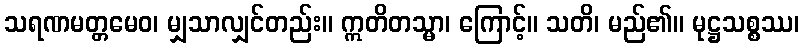
သရဏမတ္တမေဝ၊ မျှသာလျှင်တည်း။ ဣတိတသ္မာ၊ ကြောင့်။ သတိ၊ မည်၏။ မုဋ္ဌသစ္စဿ၊